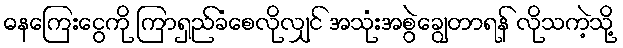
ဓနကြေးငွေကို ကြာရှည်ခံစေလိုလျှင် အသုံးအစွဲချွေတာရန် လိုသကဲ့သို့